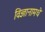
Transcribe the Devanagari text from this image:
विज्ञानामधे